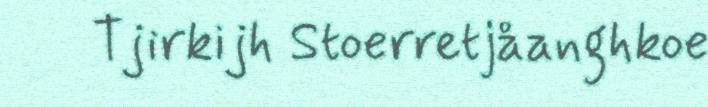
Tjirkijh Stoerretjåanghkoe